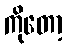
ကိုတော့